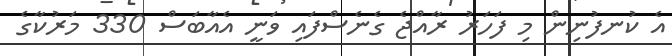
އެ ކުނފުނިން މި ފަހަރު ރާއްޖެ ގެނެސްފައި ވަނީ އެއާބަސް 330 މަރުކާގެ